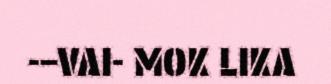
-–VAI- MOK LIKA